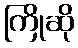
ကြိုဆို